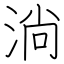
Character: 淌